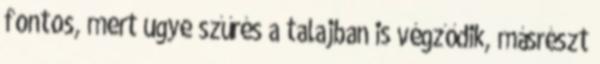
fontos, mert ugye szűrés a talajban is végződik, másrészt